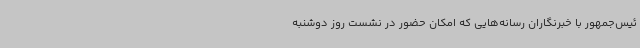
ئیس‌جمهور با خبرنگاران رسانه‌هایی که امکان حضور در نشست روز دوشنبه